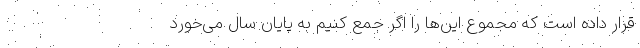
قرار داده است که مجموع این‌ها را اگر جمع کنیم به پایان سال می‌خورد